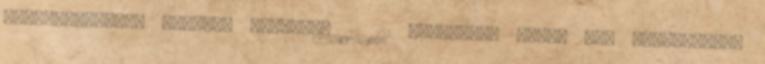
hagyatékaiból. Egészen pontosan 12 121 szkennelt fotó, bár Chuckyeager